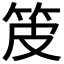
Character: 𤿤